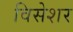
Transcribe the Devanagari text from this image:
विसेशर